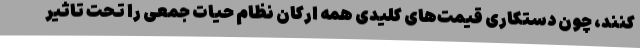
کنند، چون دستکاری قیمت‌های کلیدی همه ارکان نظام حیات جمعی را تحت تاثیر